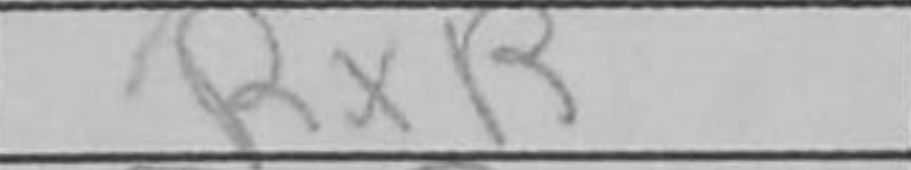
Transcription: RxB